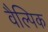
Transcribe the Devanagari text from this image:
वैल्पिक